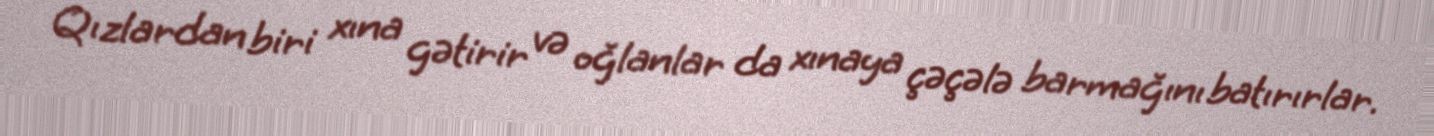
Qızlardan biri xına gətirir və oğlanlar da xınaya çəçələ barmağını batırırlar.